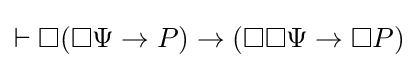
\vdash \Box (\Box \Psi \rightarrow P)\rightarrow (\Box \Box \Psi \rightarrow \Box P)